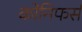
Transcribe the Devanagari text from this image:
कोनिफर्स